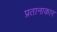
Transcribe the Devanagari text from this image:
प्रतानाकार